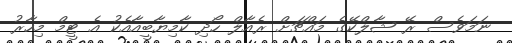
ނަމަވެސް ރޭ ޝާލްކޭގެ މައްޗަށް ރެއާލް ހޯދި ކާމިޔާބީއާއެކު އެ ޓީމް މިހާރު